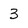
Character: 3